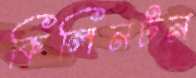
কিলিনটন